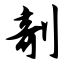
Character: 剞